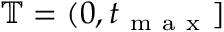
\mathbb { T } = ( 0 , t _ { \mathrm { ~ m ~ a ~ x ~ } } ]